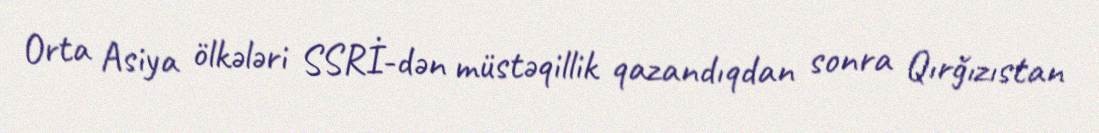
Orta Asiya ölkələri SSRİ-dən müstəqillik qazandıqdan sonra Qırğızıstan